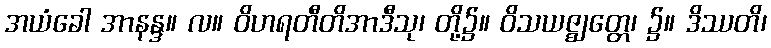
အယံခေါ အာနန္ဒ။ လ။ ဝိဟရတီတိအာဒီသု၊ တို့၌။ ဝိသယဇ္ဈတ္တေ၊ ၌။ ဒိဿတိ၊